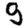
Digit: 9